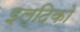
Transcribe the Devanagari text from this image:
इल्दिको